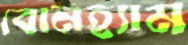
বোনহ্যাম